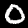
Digit: 0